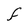
Character: F